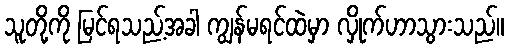
သူတို့ကို မြင်ရသည့်အခါ ကျွန်မရင်ထဲမှာ လှိုက်ဟာသွားသည်။